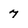
Character: 7